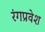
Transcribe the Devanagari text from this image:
रंगप्रवेश